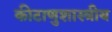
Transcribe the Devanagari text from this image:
कीटाणुशास्त्रीय